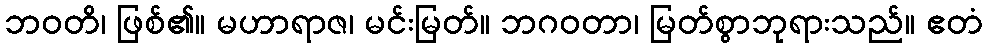
ဘဝတိ၊ ဖြစ်၏။ မဟာရာဇ၊ မင်းမြတ်။ ဘဂဝတာ၊ မြတ်စွာဘုရားသည်။ ဧတံ